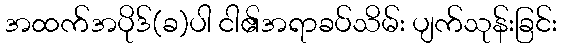
အထက်အပိုဒ်(ခ)ပါ ငါ၏အရာခပ်သိမ်း ပျက်သုန်းခြင်း